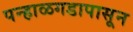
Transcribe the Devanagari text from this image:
पन्हाळगडापासून